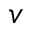
v